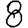
Digit: 8